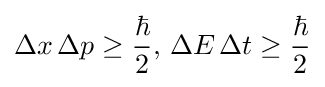
\Delta x\,\Delta p\geq {\frac {\hbar }{2}},\,\Delta E\,\Delta t\geq {\frac {\hbar }{2}}